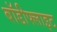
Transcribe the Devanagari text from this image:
बॉडीफ्लाइट